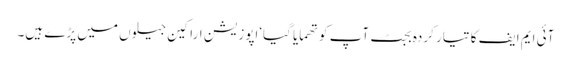
آئی ایم ایف کا تیار کردہ بجٹ آپ کو تھمایا گیا‘اپوزیشن اراکین جیلوں میں پڑے ہیں۔